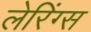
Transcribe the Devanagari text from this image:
लेरिंग्स